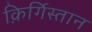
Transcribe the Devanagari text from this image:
क़िर्गिस्तान